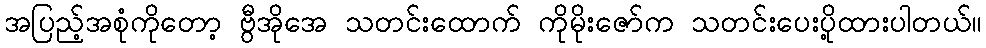
အပြည့်အစုံကိုတော့ ဗွီအိုအေ သတင်းထောက် ကိုမိုးဇော်က သတင်းပေးပို့ထားပါတယ်။